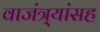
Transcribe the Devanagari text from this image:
वाजंत्र्यांसह